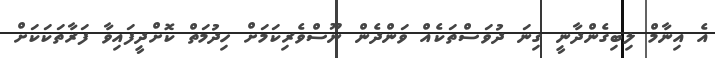
އެ އިނާމް ލިބިގެންދާނީ ގިނަ ދުވަސްތަކެއް ވަންދެން ނޫސްވެރިކަމަށް ހިދުމަތް ކޮށްދީފައިވާ ފަރާތަކަކަށް